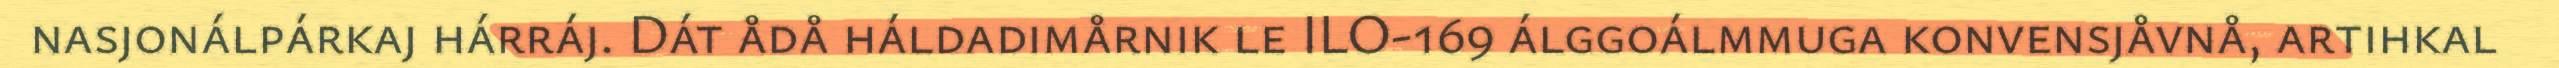
nasjonálpárkaj hárráj. Dát ådå háldadimårnik le ILO-169 álggoálmmuga konvensjåvnå, artihkal